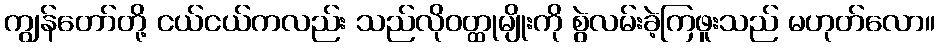
ကျွန်တော်တို့ ငယ်ငယ်ကလည်း သည်လိုဝတ္ထုမျိုးကို စွဲလမ်းခဲ့ကြဖူးသည် မဟုတ်လော။